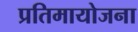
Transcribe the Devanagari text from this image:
प्रतिमायोजना